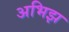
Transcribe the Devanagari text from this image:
अभिझ